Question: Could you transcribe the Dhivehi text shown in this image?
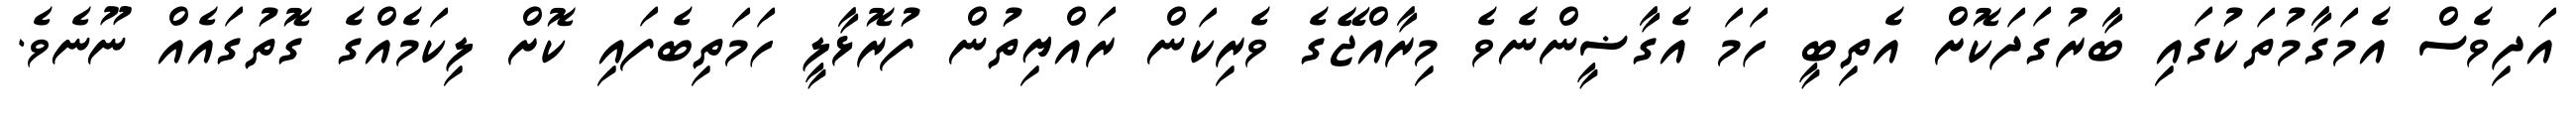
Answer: އަދިވެސް އެމަގާމުތަކުގައި ބާރުގަދަކޮށް އެތިބީ ހަމަ އެގާޟީންނެވެ މިރާއްޖޭގެ ވެރިކަން ރައްޔިތުން ފުރޮޅާލީ ހަމަތިބެފައި ކޮށް ލިކަމެއްގެ ގޮތުގައެއް ނޫނެވެ.